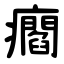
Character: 㿕